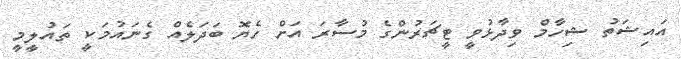
އައިޝަތު ޝިހާމް ވިދާޅުވީ ޓީޗަރުންގެ މުސާރަ އަށް ހެޔޮ ބަދަލެއް ގެނައުމަކީ ތައުލީމީ